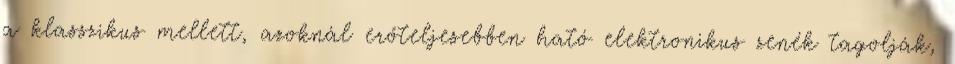
a klasszikus mellett, azoknál erőteljesebben ható elektronikus zenék tagolják,